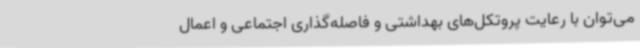
می‌توان با رعایت پروتکل‌های بهداشتی و فاصله‌گذاری اجتماعی و اعمال